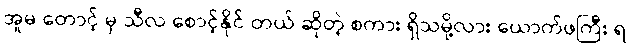
အူမ တောင့် မှ သီလ စောင့်နိုင် တယ် ဆိုတဲ့ စကား ရှိသမို့လား ယောက်ဖကြီး ရ